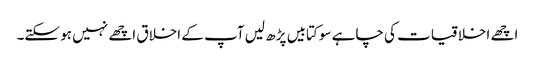
اچھے اخلاقیات کی چاہے سو کتابیں پڑھ لیں آپ کے اخلاق اچھے نہیں ہو سکتے۔